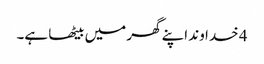
4 خدا وند اپنے گھر میں بیٹھا ہے۔